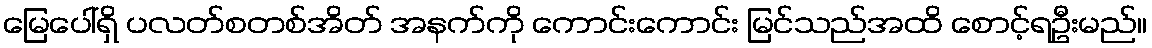
မြေပေါ်ရှိ ပလတ်စတစ်အိတ် အနက်ကို ကောင်းကောင်း မြင်သည်အထိ စောင့်ရဦးမည်။